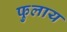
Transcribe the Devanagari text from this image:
फुलाय